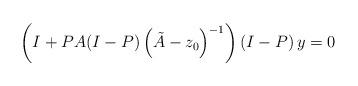
LaTeX: \begin{align*}\left( I+PA{\left( I-P \right)\left( \tilde{A}-z_{0} \right)}^{-1} \right)\left( I-P \right)y=0\end{align*}